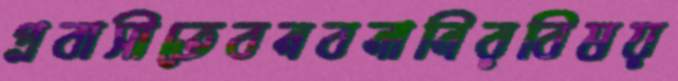
প্রবাসীতেবনবনানিরবিষয়